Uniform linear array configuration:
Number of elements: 24
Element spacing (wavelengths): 0.5
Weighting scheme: exponential
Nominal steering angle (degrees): -30
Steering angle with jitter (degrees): -30.123
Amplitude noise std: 0.05
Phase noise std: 0.05

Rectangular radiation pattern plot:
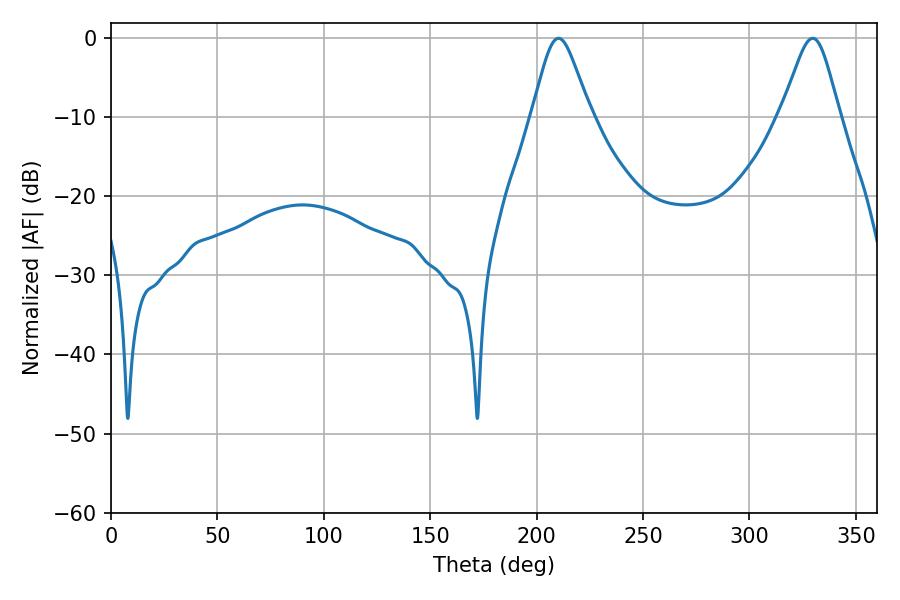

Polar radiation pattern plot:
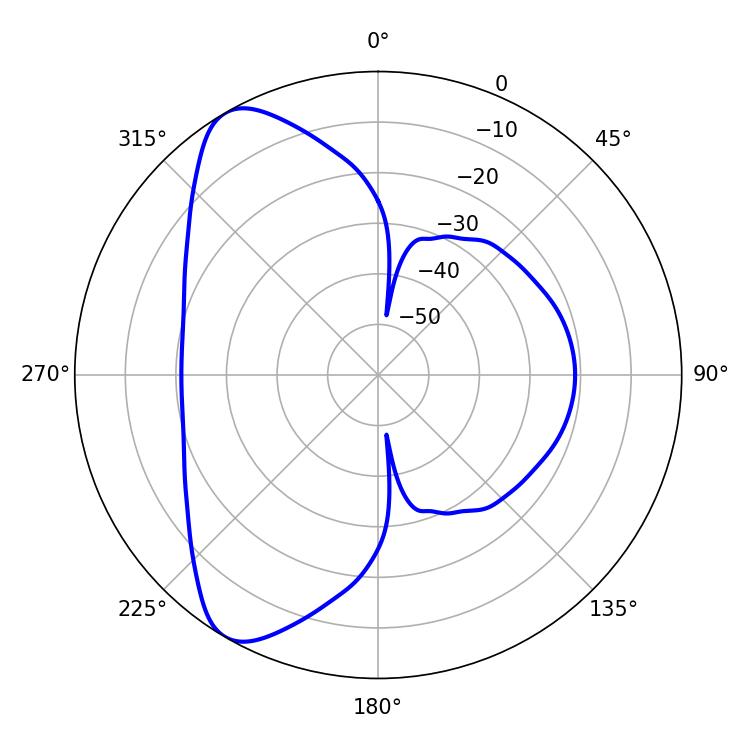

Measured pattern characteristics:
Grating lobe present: FALSE
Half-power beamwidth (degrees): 13.32
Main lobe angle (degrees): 210.24